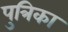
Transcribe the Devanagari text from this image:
पुत्रिका